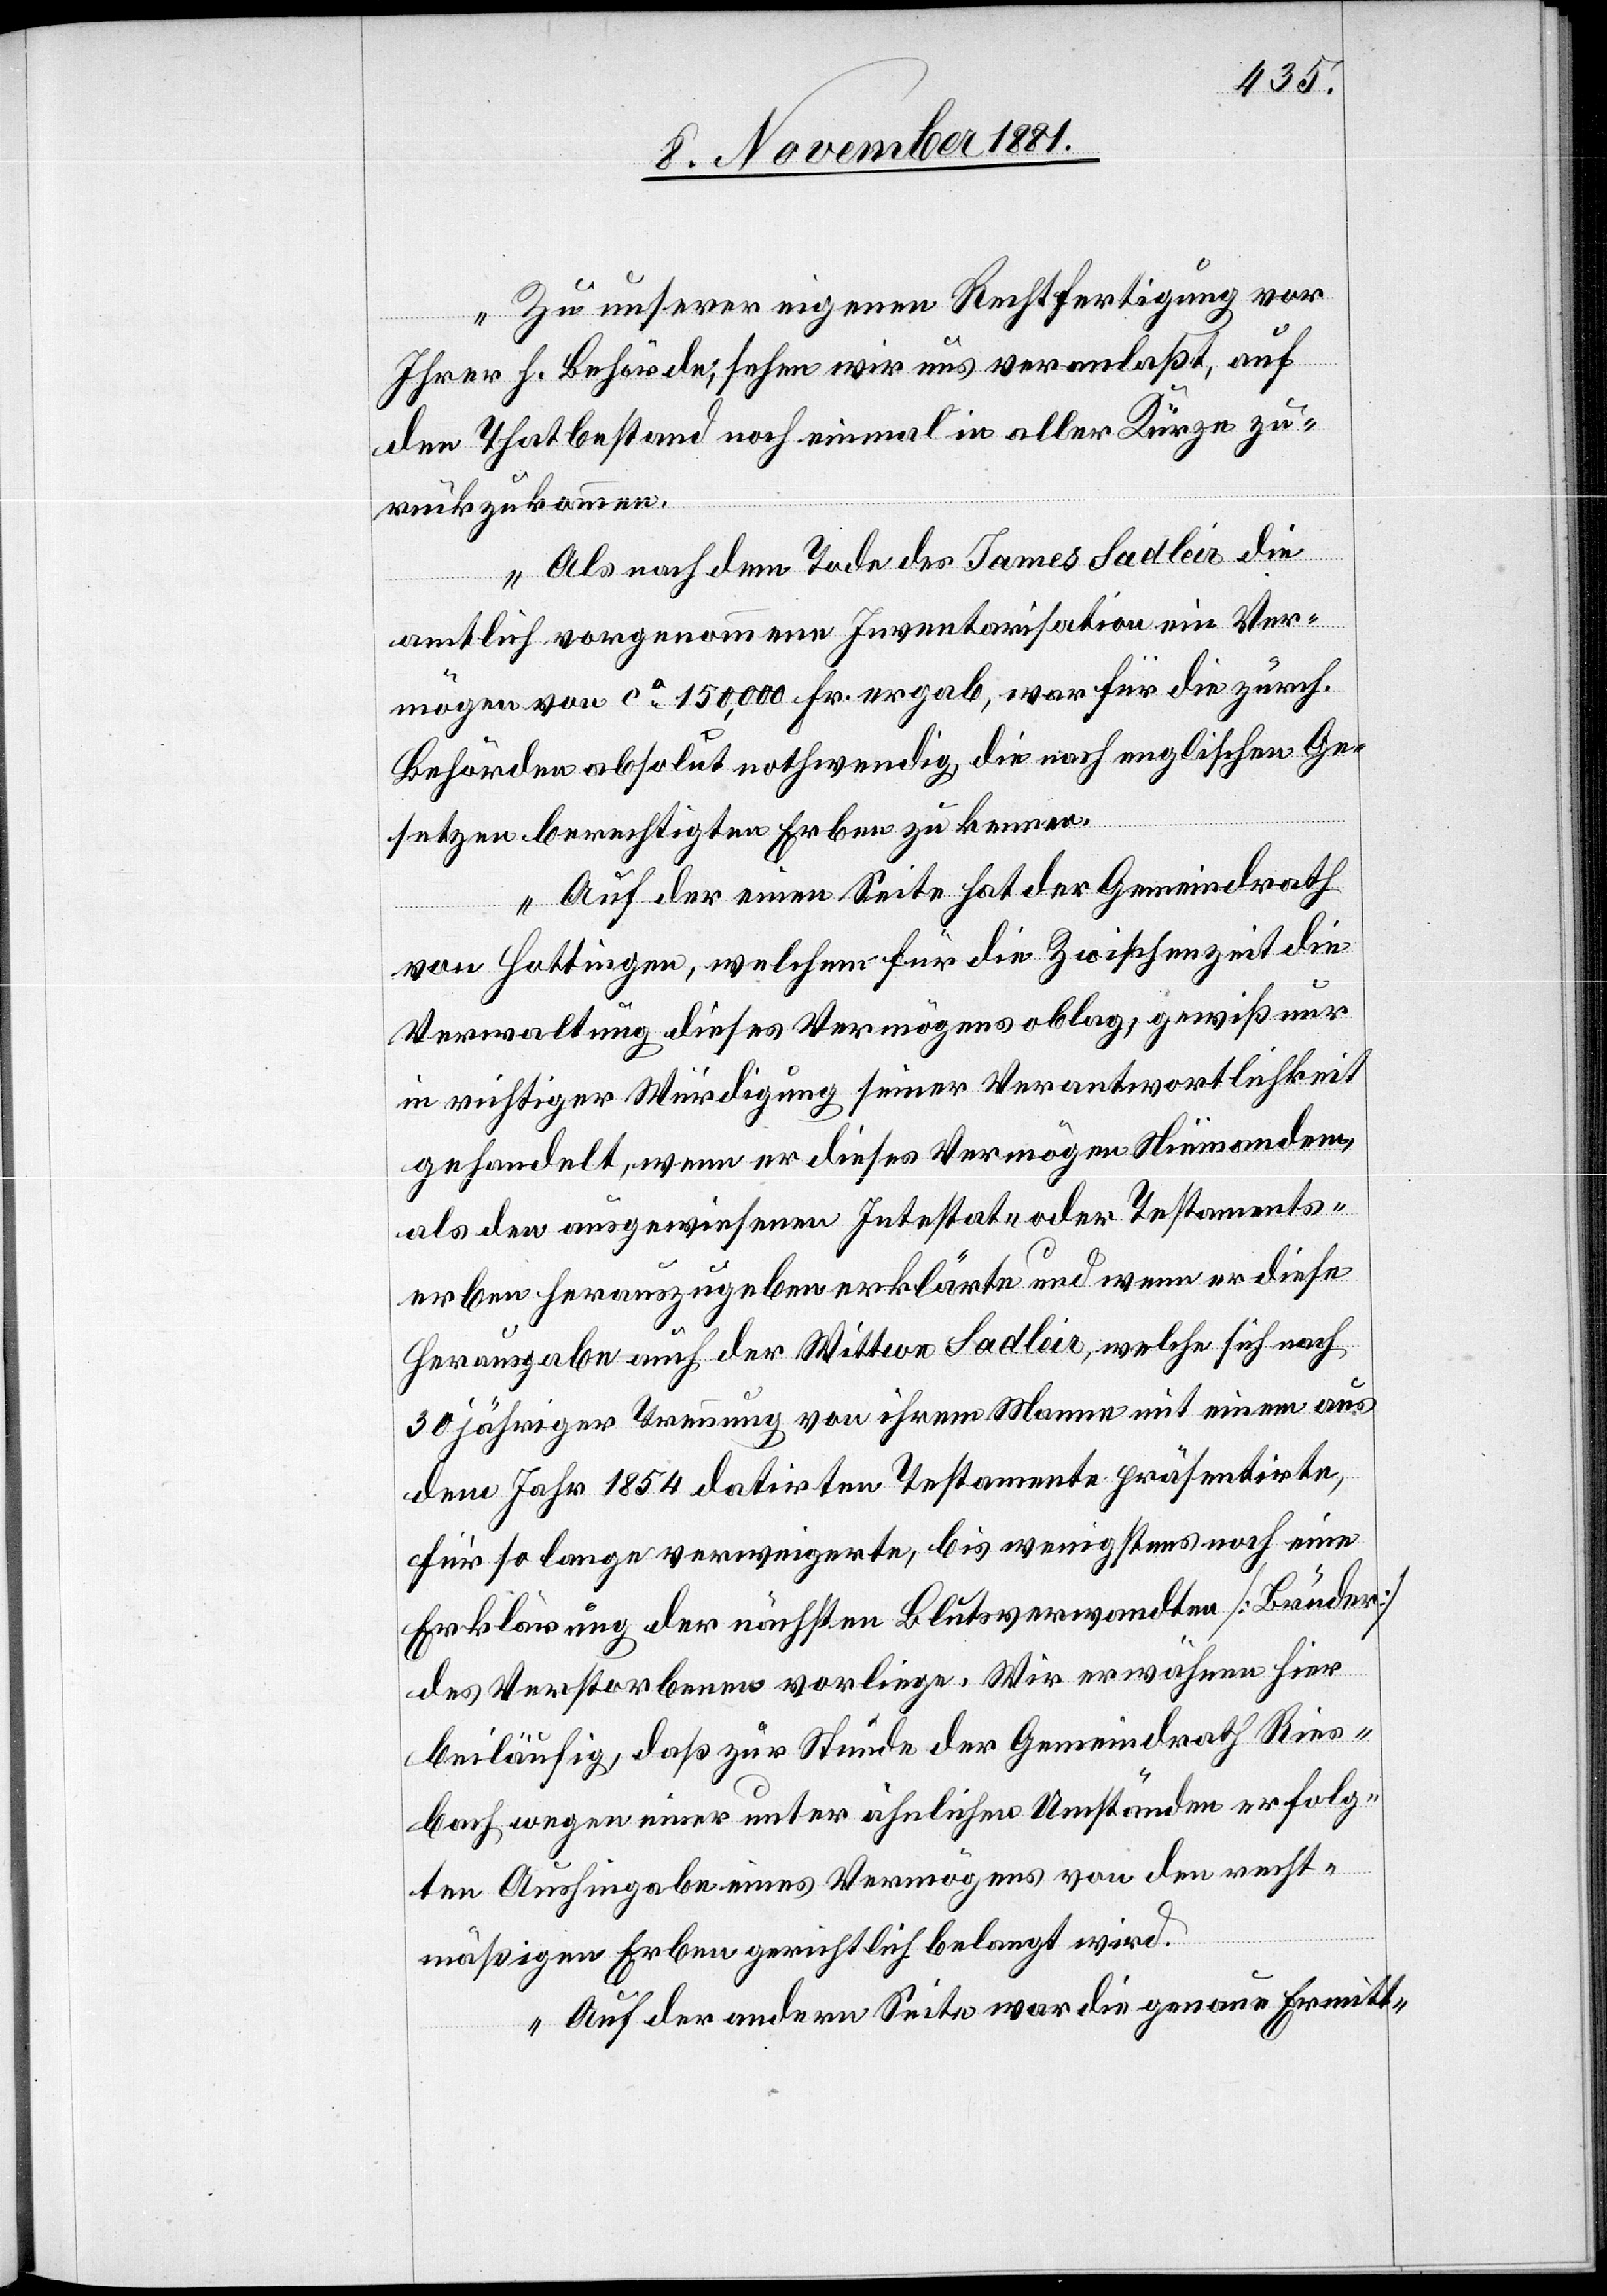
Zu unserer eigenen Rechtfertigung vor
Ihrer h. Behörde; sehen wir uns veranlaßt, auf
den Thatbestand noch einmal in aller Kürze zu¬
rückzukommen.
Als nach dem Tode des James Sadleir die
amtlich vorgenommene Inventarisation ein Ver¬
mögen von ca 150,000 Fr. ergab, war für die zürch.
Behörden absolut nothwendig, die nach englischen Ge¬
setzen berechtigten Erben zu kennen.
Auf der einen Seite hat der Gemeindrath
von Hottingen, welchem für die Zwischenzeit die
Verwaltung dieses Vermögens oblag, gewiß nur
in richtiger Würdigung seiner Verantwortlichkeit
gehandelt, wenn er dieses Vermögen Niemandem,
als den ausgewiesenen Intestat- oder Testaments¬
erben herauszugeben erklärte und wenn er diese
Herausgabe auch der Wittwe Sadleir, welche sich nach
30 jähriger Trauung von ihrem Manne mit einem aus
dem Jahr 1854 datirten Testamente präsentirte,
für so lange verweigerte, bis wenigstens noch eine
Erklärung der nächsten Blutsverwandten [Brüder]
des Verstorbenen vorliege. Wir erwähnen hier
beiläufig, daß zur Stunde der Gemeindrath Ries¬
bach wegen einer unter ähnlichen Umständen erfolg¬
ten Aushingabe eines Vermögens von den recht¬
mäßigen Erben gerichtlich belangt wird.
Auf der andern Seite war die genaue Ermitt-